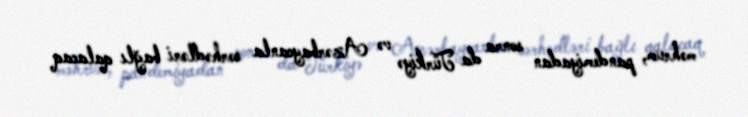
məhrum, pandemiyadan sonra da Türkiyə və Azərbaycanla sərhədləri bağlı qalacaq